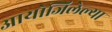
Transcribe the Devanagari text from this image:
आयोजिलेल्या